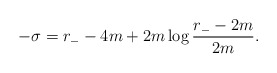
\begin{align*}-\sigma=r_- -4m+2m\log\frac{r_- -2m}{2m}.\end{align*}